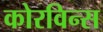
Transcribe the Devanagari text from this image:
कोरविन्स